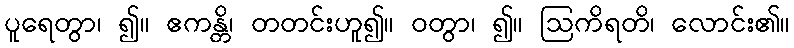
ပူရေတွာ၊ ၍။ ဧကန္တိ၊ တတင်းဟူ၍။ ဝတွာ၊ ၍။ ဩကိရတိ၊ လောင်း၏။